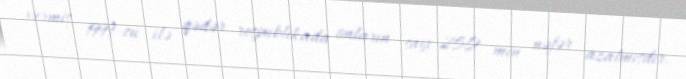
vermiş, 1999-cu ilə qədər respublikada onların sayı 250 min nəfər azalmışdır.